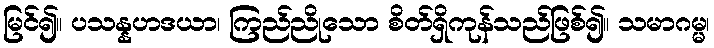
မြင်၍။ ပသန္နဟဒယာ၊ ကြည်ညိုသော စိတ်ရှိကုန်သည်ဖြစ်၍။ သမာဂမ္မ၊